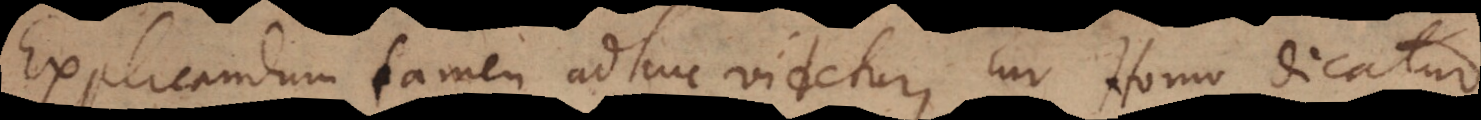
Explicandum tamen adhuc videtur, cur Homo dicatur